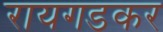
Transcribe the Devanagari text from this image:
रायगडकर